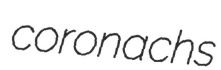
coronachs